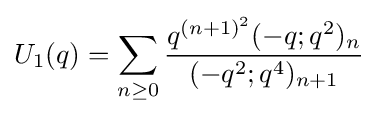
U_{1}(q)=\sum _{n\geq 0}{\frac {q^{(n+1)^{2}}(-q;q^{2})_{n}}{(-q^{2};q^{4})_{n+1}}}